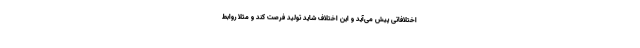
اختلافاتی پیش می‌آید و این اختلاف شاید تولیدِ فرصت کند و مثلا روابط